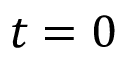
t = 0